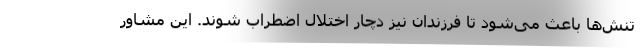
تنش‌ها باعث می‌شود تا فرزندان نیز دچار اختلال اضطراب شوند. این مشاور